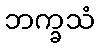
ဘက္ခသံ